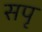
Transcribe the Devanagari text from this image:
सपृ